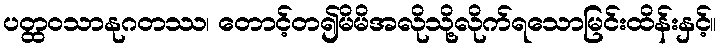
ပတ္ထဝသာနုဂတဿ၊ တောင့်တ၍မိမိအလိုသို့လိုက်ရသောမြင်းထိန်းနှင့်။